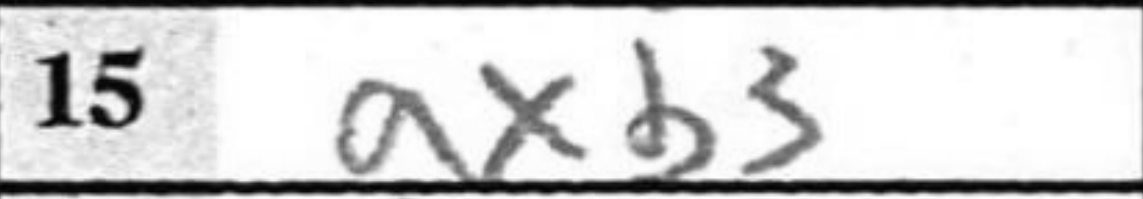
Transcription: axb3